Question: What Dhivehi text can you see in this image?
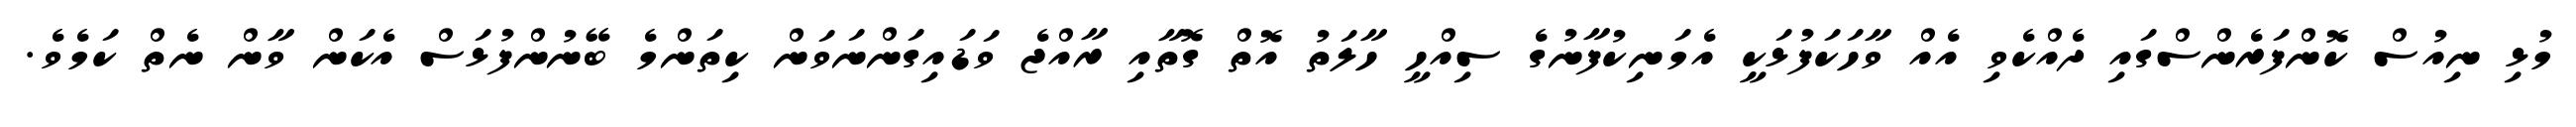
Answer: މުޅި ނިއުސް ކޮންފަރެންސްގައި ދެއްކެވި އެއް ވާހަކަފުޅަކީ އެމަނިކުފާނުގެ ސިއްހީ ހާލަތު އޮތް ގޮތާއި ރާއްޖެ ވަޑައިގަންނަވަން ކިތަންމެ ބޭނުންފުޅަސް އެކަން ވާން ނެތް ކަމެވެ.